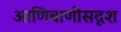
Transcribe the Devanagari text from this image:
आणिबाणीसदृश